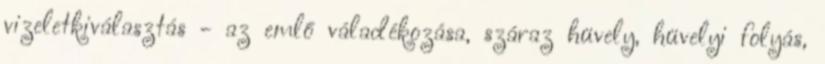
vizeletkiválasztás - az emlő váladékozása, száraz hüvely, hüvelyi folyás,